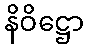
နိဝိဋ္ဌော